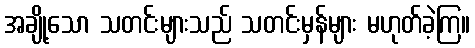
အချို့သော သတင်းများသည် သတင်းမှန်များ မဟုတ်ခဲ့ကြ။